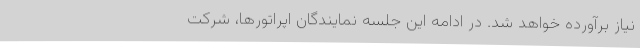
نیاز برآورده خواهد شد. در ادامه این جلسه نمایندگان اپراتورها، شرکت